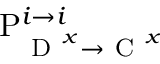
\mathrm { P } _ { \mathrm { ~ D ~ } ^ { x } \rightarrow \mathrm { ~ C ~ } ^ { x } } ^ { i \rightarrow i }